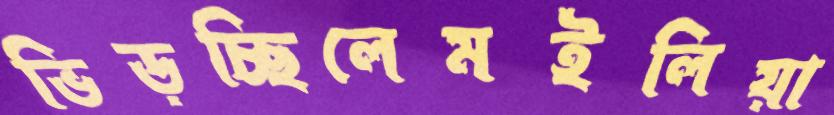
ভিড়চ্ছিলেমইলিয়া